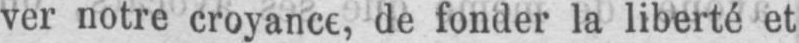
de fonder la liberté et